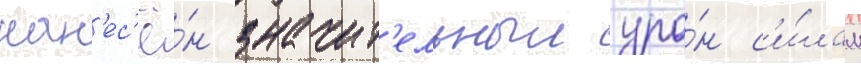
нан'ес'ё́н значит'ельныи уро́н с'и́лам